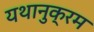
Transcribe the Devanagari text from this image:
यथानुक्रम